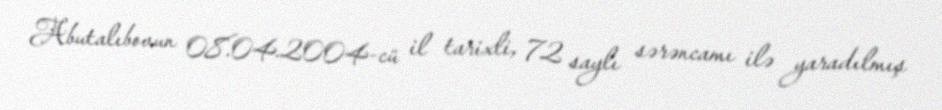
Abutalıbovun 08.04.2004-cü il tarixli, 72 saylı sərəncamı ilə yaradılmış